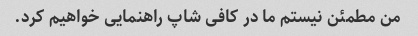
من مطمئن نیستم ما در کافی شاپ راهنمایی خواهیم کرد.